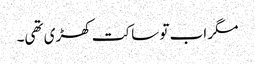
مگر اب تو ساکت کھڑی تھی۔